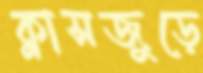
ক্লাসজুড়ে